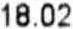
18.02